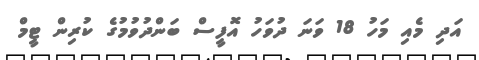
އަދި މެއި މަހު 18 ވަނަ ދުވަހު އޮފީސް ބަންދުވުމުގެ ކުރިން ޓީމް